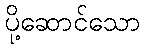
ပို့ဆောင်သော